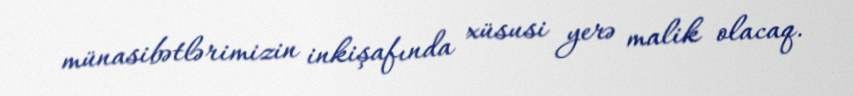
münasibətlərimizin inkişafında xüsusi yerə malik olacaq.